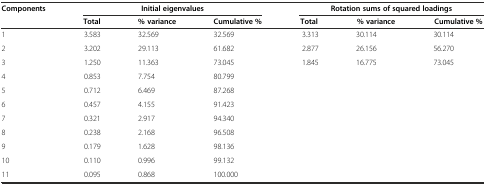
<table><thead><tr><td rowspan="2"><b>Components</b></td><td colspan="3"><b>Initial eigenvalues</b></td><td colspan="3"><b>Rotation sums of squared loadings</b></td></tr><tr><td><b>Total</b></td><td><b>% variance</b></td><td><b>Cumulative %</b></td><td><b>Total</b></td><td><b>% variance</b></td><td><b>Cumulative %</b></td></tr></thead><tbody><tr><td>1</td><td>3.583</td><td>32.569</td><td>32.569</td><td>3.313</td><td>30.114</td><td>30.114</td></tr><tr><td>2</td><td>3.202</td><td>29.113</td><td>61.682</td><td>2.877</td><td>26.156</td><td>56.270</td></tr><tr><td>3</td><td>1.250</td><td>11.363</td><td>73.045</td><td>1.845</td><td>16.775</td><td>73.045</td></tr><tr><td>4</td><td>0.853</td><td>7.754</td><td>80.799</td><td></td><td></td><td></td></tr><tr><td>5</td><td>0.712</td><td>6.469</td><td>87.268</td><td></td><td></td><td></td></tr><tr><td>6</td><td>0.457</td><td>4.155</td><td>91.423</td><td></td><td></td><td></td></tr><tr><td>7</td><td>0.321</td><td>2.917</td><td>94.340</td><td></td><td></td><td></td></tr><tr><td>8</td><td>0.238</td><td>2.168</td><td>96.508</td><td></td><td></td><td></td></tr><tr><td>9</td><td>0.179</td><td>1.628</td><td>98.136</td><td></td><td></td><td></td></tr><tr><td>10</td><td>0.110</td><td>0.996</td><td>99.132</td><td></td><td></td><td></td></tr><tr><td>11</td><td>0.095</td><td>0.868</td><td>100.000</td><td></td><td></td><td></td></tr></tbody></table>